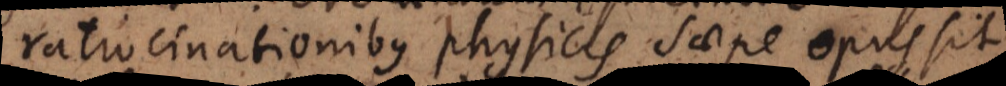
ratiocinationibus physicis saepe opus sit